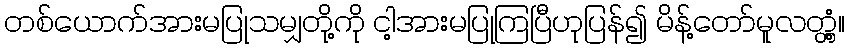
တစ်ယောက်အားမပြုသမျှတို့ကို ငါ့အားမပြုကြပြီဟုပြန်၍ မိန့်တော်မူလတ္တံ့။